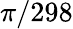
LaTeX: \pi/298